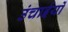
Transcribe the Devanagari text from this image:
उंचाईयों